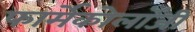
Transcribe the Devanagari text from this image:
फार्मेकोलॉजी